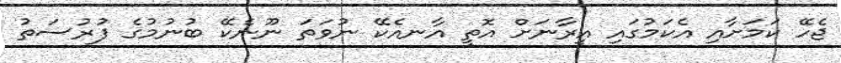
ޖެހޭ ކަމަށާއި އެކަމުގައި އީރާނަށް އޮތީ އާނއެކޭ ނުވަތަ ނޫނެކޭ ބުނުމުގެ ފުރުސަތު